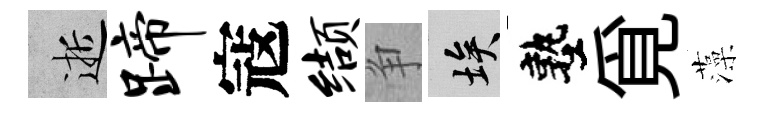
逝蹄寇缬争埃塾覓藻